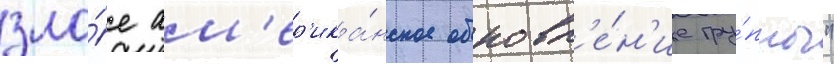
зло́е ам'ер'ика́нское обновл'е́н'ие гру́ппы"